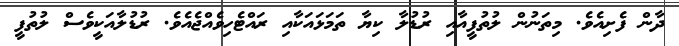
ދާން ފެށިއެވެ. މިތަނުން ލުތުފީއާއި ރުޑުލާ ކިޔާ ތަމަޅައަކާއި ރައްޓެހިވެއްޖެއެވެ. ރުޑުލާއަކީވެސް ލުތުފީ